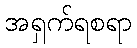
အရှက်ရစရာ